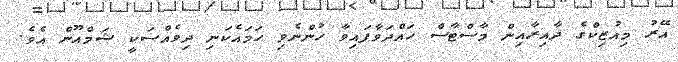
އޭރު މިއުޒިކްގެ ދާއިރާއިން މާސްޓާސް ހައްދަވާފައިވާ ހުންނެވި ހަމައެކަނި ދިވެއްސަކީ ޝަމްއޫން އެވެ.